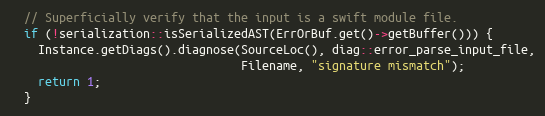
Language: C++
  // Superficially verify that the input is a swift module file.
  if (!serialization::isSerializedAST(ErrOrBuf.get()->getBuffer())) {
    Instance.getDiags().diagnose(SourceLoc(), diag::error_parse_input_file,
                                 Filename, "signature mismatch");
    return 1;
  }